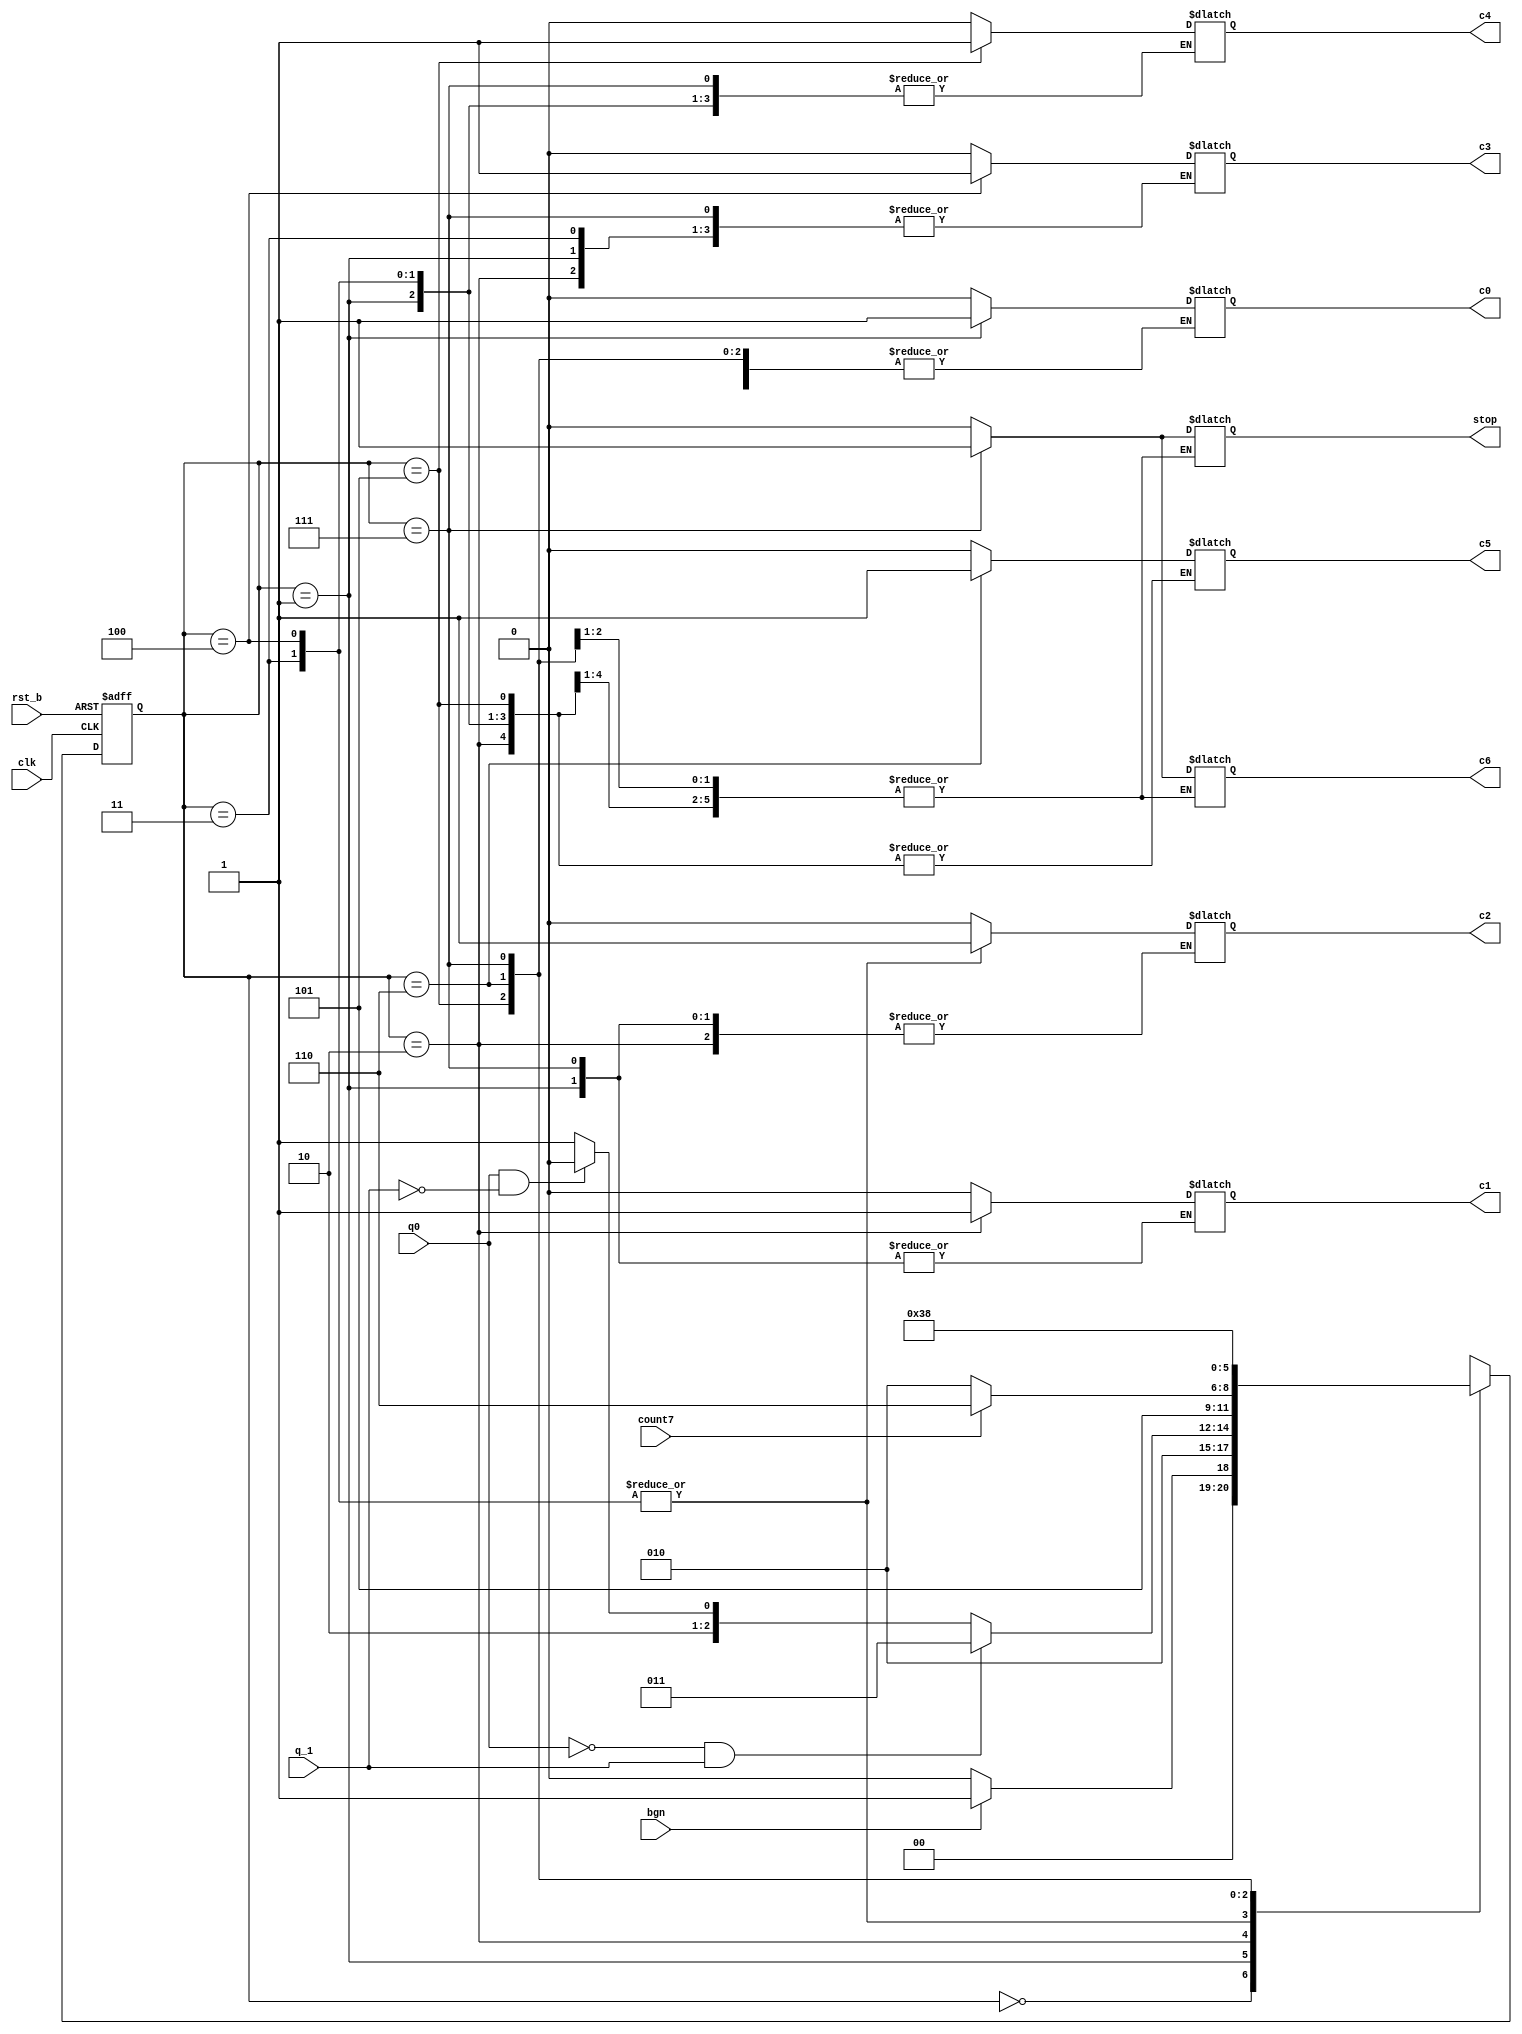
module control_unit(
  input clk, rst_b, bgn, q_1, q0, count7, // q_1 e q[-1] adica iesirea din reg_q_1, q0 e ultimul bit din Q adica q0 = Q[0] 
  output reg c0, c1, c2, c3, c4, c5, c6, stop // stop = end
);


localparam S0 = 3'b000;
localparam S1 = 3'b001;
localparam S2 = 3'b010;
localparam S3 = 3'b011;
localparam S4 = 3'b100;
localparam S5 = 3'b101;
localparam S6 = 3'b110;
localparam S7 = 3'b111;

reg [2:0] st;
reg [2:0] st_nxt;
  
  always@(*) begin
    
    case(st)
      S0 : begin 
            stop = 0;
            c0=0;c1=0;c2=0;c3=0;c4=0;c5=0;c6=0;
            if(bgn) st_nxt = S1;
              else st_nxt = S0;
            end
      S1 : begin
            c0=1;
            st_nxt = S2;
          end 
      S2 : begin
            c0=0;  //acum sunt toti clks pe 0
            c1 = 1; 
            c4 = 0;
            if(q0 == 0 && q_1 == 1) st_nxt = S3;
            else if(q0 == 1 && q_1 == 0) st_nxt = S4;
            else st_nxt = S5;   
          end
      S3 : begin
            c1=0;
            c2=1;
            st_nxt = S5;
          end
      S4 : begin
            c1=0;
            c2= 1;
            c3 = 1;
            st_nxt = S5;
          end
      S5 : begin
            c1=0;
            c2 = 0;
            c3 = 0;
            c4 = 1;
            if(count7 == 0)
              st_nxt = S2;
            else st_nxt = S6;
          end
          
       S6 : begin
            c1=0;
            c2=0;
            c3=0;
            c4=0;
            c5=1;
            st_nxt = S7;
          end
          
        S7 : begin
            c5=0;
            c6=1;
            stop = 1;
            //bgn = 0;
            st_nxt = S0;
          end
    endcase
    
end


always@(posedge clk, negedge rst_b) begin
  if(!rst_b) st <= S0; // rst_b asincton, if(rst_b==0)
  else st <= st_nxt;
end


endmodule